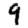
Digit: 9